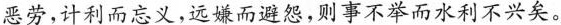
恶劳，计利而忘义，远嫌而避怨，则事不举而水利不兴矣。